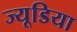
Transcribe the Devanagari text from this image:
ज्यूडिया